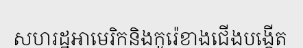
សហរដ្ឋអាមេរិកនិងកូរ៉េខាងជើងបង្កើត